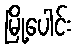
မြို့ပေါင်း